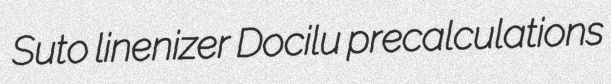
Suto linenizer Docilu precalculations